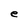
Character: e